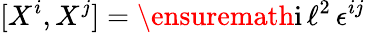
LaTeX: [X^{i},X^{j}]=\ensuremath{\mathrm{i}}\, \ell^{2}\, \epsilon^{ij}